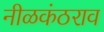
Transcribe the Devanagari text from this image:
नीळकंठराव